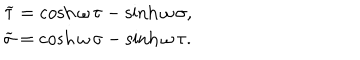
\begin{array} { c } { { \widetilde { \tau } = \cosh \omega \, \tau - \sinh \omega \, \sigma , \hfill } } \\ { { \widetilde { \sigma } = \cosh \omega \, \sigma - \sinh \omega \, \tau . \hfill } } \\ \end{array}